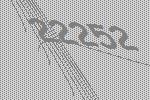
22252